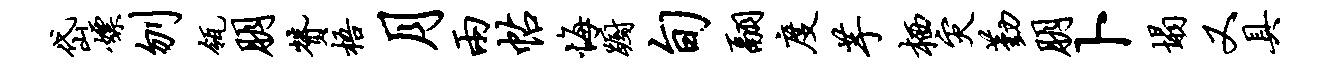
岱嫖刎瓴朋赞梧月两帖悔蹰旬翮度芋栖灾勤朋卜塌又具